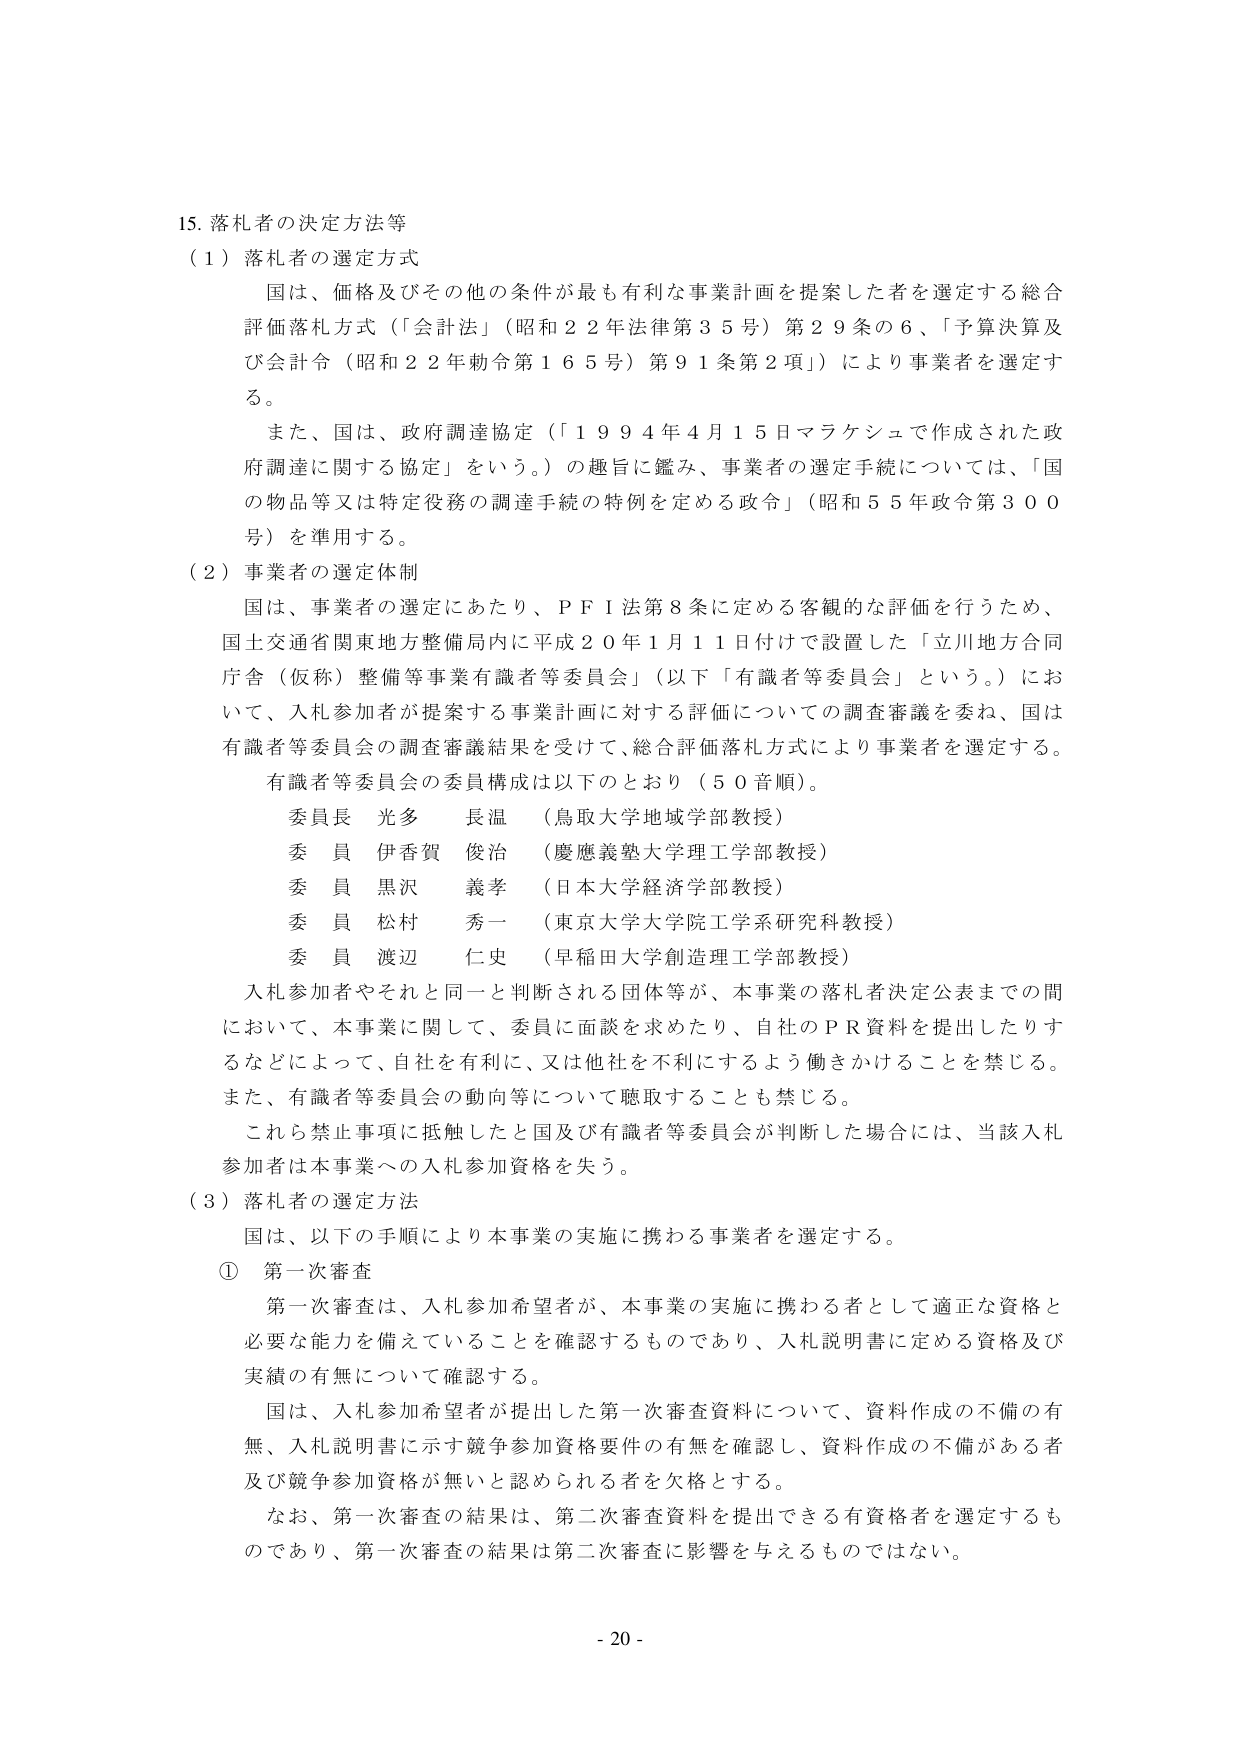
15. 落札者の決定方法等

（1）落札者の選定方式
国は、価格及びその他の条件が最も有利な事業計画を提案した者を選定する総合評価落札方式（「会計法」（昭和22年法律第35号）第29条の6、「予算決算及び会計令（昭和22年勅令第165号）第91条第2項」）により事業者を選定する。
また、国は、政府調達協定（「1994年4月15日マラケシュで作成された政府調達に関する協定」をいう。）の趣旨に鑑み、事業者の選定手続については、「国の物品等又は特定役務の調達手続の特例を定める政令」（昭和55年政令第300号）を準用する。

（2）事業者の選定体制
国は、事業者の選定にあたり、PFI法第8条に定める客観的な評価を行うため、国土交通省関東地方整備局内に平成20年1月11日付けで設置した「立川地方合同庁舎（仮称）整備等事業有識者等委員会」（以下「有識者等委員会」という。）において、入札参加者が提案する事業計画に対する評価についての調査審議を委ね、国は有識者等委員会の調査審議結果を受け、総合評価落札方式により事業者を選定する。
有識者等委員会の委員構成は以下のとおり（50音順）。
　委員長　光多　長温　（鳥取大学地域学部教授）
　委員　伊香賀　俊治　（慶應義塾大学理工学部教授）
　委員　黒沢　義孝　（日本大学経済学部教授）
　委員　松村　秀一　（東京大学大学院工学系研究科教授）
　委員　渡辺　仁史　（早稲田大学創造理工学部教授）
入札参加者やそれと同一と判断される団体等が、本事業の落札者決定公表までの間において、本事業に関して、委員に面談を求めたり、自社のPR資料を提出したりするなどによって、自社を有利に、又は他社を不利にするよう働きかけることを禁じる。
また、有識者等委員会の動向等について聴取することも禁じる。
これら禁止事項に抵触したと国及び有識者等委員会が判断した場合には、当該入札参加者は本事業への入札参加資格を失う。

（3）落札者の選定方法
国は、以下の手順により本事業の実施に携わる事業者を選定する。
① 第一次審査
　第一次審査は、入札参加希望者が、本事業の実施に携わる者として適正な資格と必要な能力を備えていることを確認するものであり、入札説明書に定める資格及び実績の有無について確認する。
　国は、入札参加希望者が提出した第一次審査資料について、資料作成の不備の有無、入札説明書に示す競争参加資格要件の有無を確認し、資料作成の不備がある者及び競争参加資格が無いと認められる者を欠格とする。
　なお、第一次審査の結果は、第二次審査資料を提出できる有資格者を選定するものであり、第一次審査の結果は第二次審査に影響を与えるものではない。

- 20 -